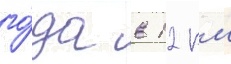
го́да в 12 км